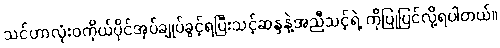
သင်ဟာလုံးဝကိုယ်ပိုင်အုပ်ချုပ်ခွင့်ရပြီးသင့်ဆန္ဒနဲ့အညီသင့်ရဲ့ ကိုပြုပြင်လို့ရပါတယ်။